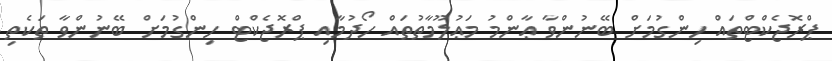
ޕްރޮޖެކްޓްތައް ހިންގުމަށް ބޭނުންވާ ޢާންމު މަޢުލޫމާތުތައް ހޯދުމާއި ޕްރޮޖެކްޓް ހިންގުމަށް ބޭނުންވާ ތަކެތި